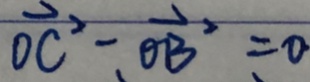
\overrightarrow { O C ^ { 2 } } - \overrightarrow { O B ^ { 2 } } = 0